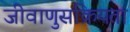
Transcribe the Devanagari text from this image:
जीवाणुसक्रियता